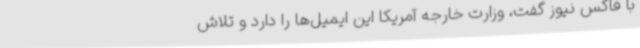
با فاکس نیوز گفت، وزارت خارجه آمریکا این ایمیل‌ها را دارد و تلاش